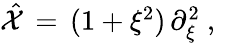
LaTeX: \begin{array}{r}{\hat{\mathcal{X}}\, =\, (1+\xi^{2})\, \partial_{\xi}^{2}\ ,\ }\end{array}